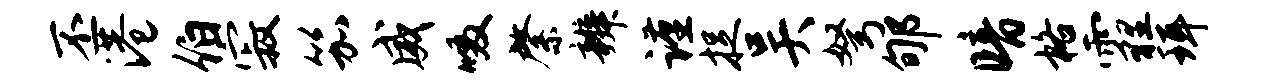
丕港伯寂笳威啜綮辨谨捉吴弩郇暗格霾珥